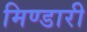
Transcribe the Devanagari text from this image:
मिण्डारी